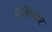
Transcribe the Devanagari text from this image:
ऍलिव्हेटर